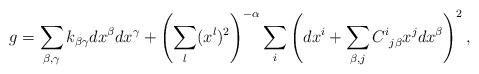
LaTeX: \begin{align*} g = \sum_{\beta, \gamma} k_{\beta \gamma} dx^\beta dx^\gamma + \left( \sum_l (x^l)^2 \right)^{- \alpha} \sum_i \left( dx^i + \sum_{\beta, j} C^i_{\: \: j \beta} x^j dx^\beta \right)^2,\end{align*}